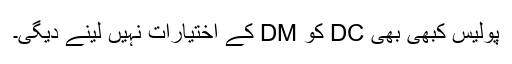
پولیس کبھی بھی DC کو DM کے اختیارات نہیں لینے دیگی۔